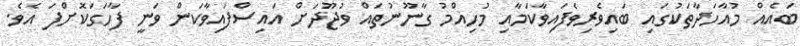
ބައެއް މުއާހަދާތަކުގައި ބައިވެރިވެފައިވާކަމާއި މުހިއްމު ގާނޫނުތައް ވުޖޫދަށް އައިސްފައިވާކަން ވަނީ ފާހަގަކޮށްފަ އެވެ.